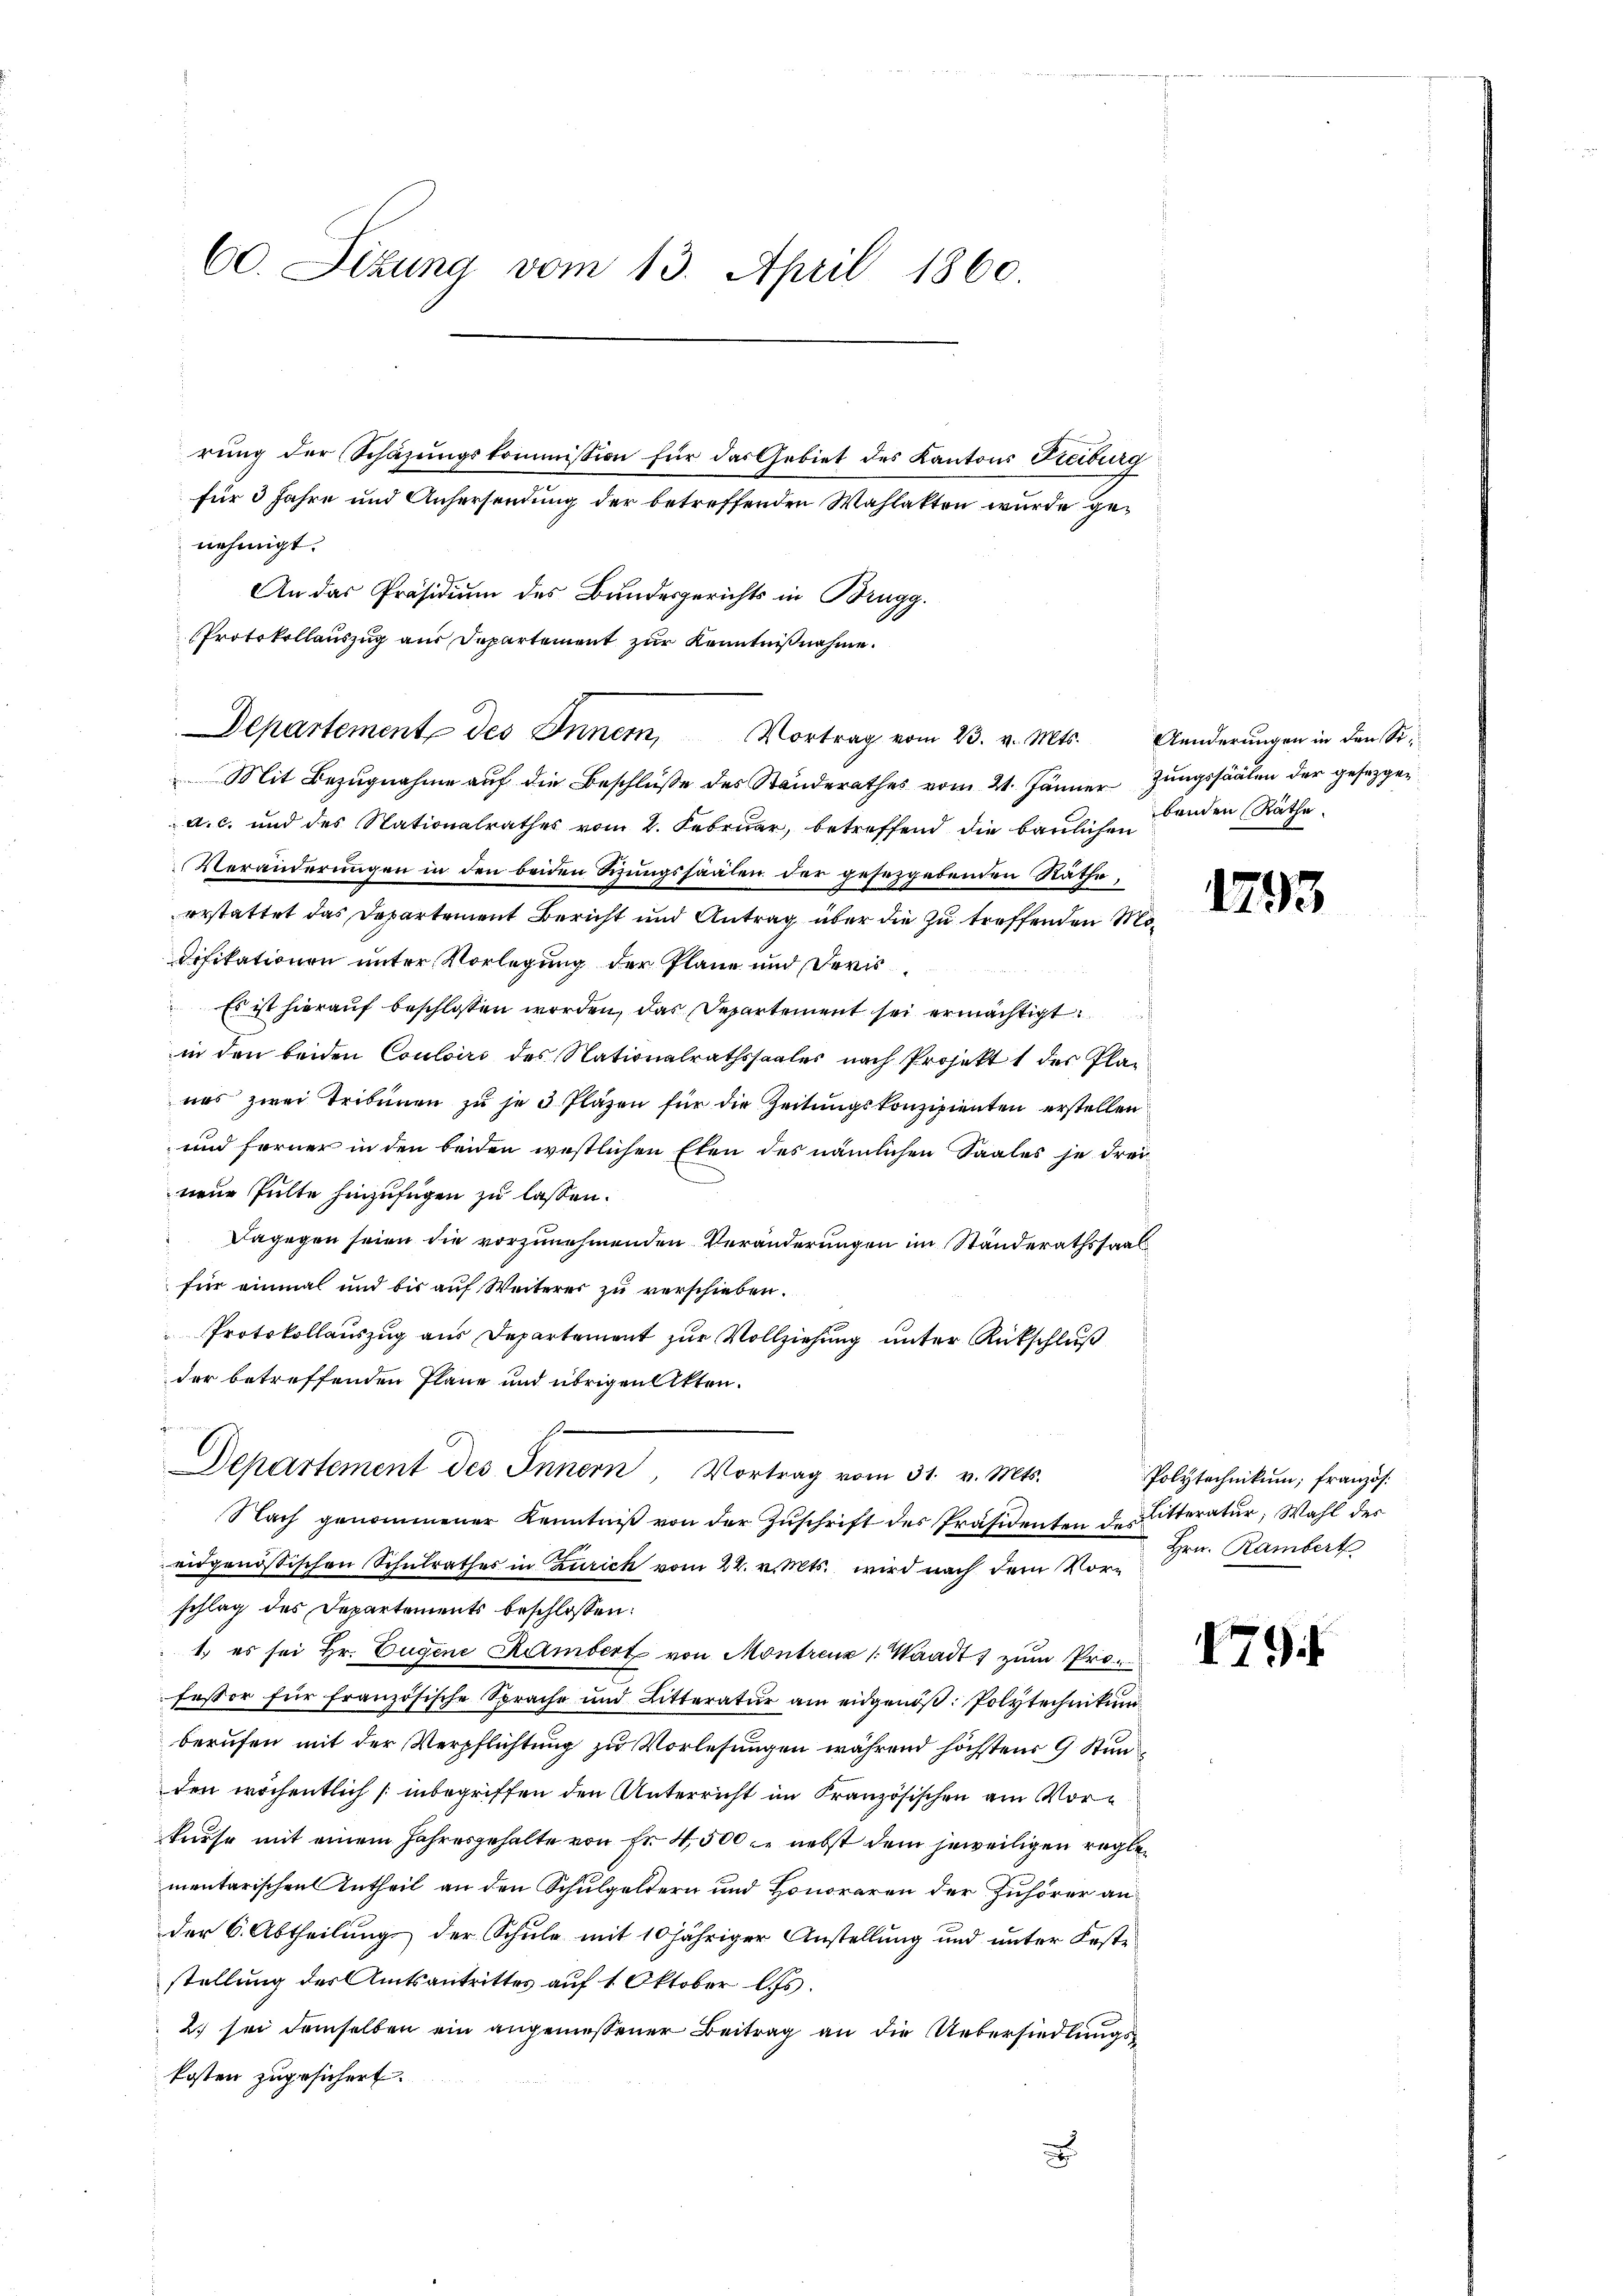
60. Sizung vom 13. April 1860.

nehmigt.

rung der Schazungskommission für das Gebiet des Kantons Kreiburg

für 3 Jahre und Anhersendung der betreffenden Wahlakten wurde ge¬
An das Präsidium des Bundesgerichts in Brugg.
Protokollauszug aus Departement zur Kenntnißnahme.

Departement des Inner, Vortrag vom 23. v. Mts. Anderungen in den St.

Mit Bezugnahme auf die Beschlüße des Standerathes vom 21. Jänner Zungssäälen der gesezgen
a. c. und des Stationalrathes vom 2. Februar, betreffend die baŭlichen Binden Räthe.
Veränderungen in den beiden Wungssaalen der gesezgerenden Räthe
erstattet das Departement Bericht und Antrag über die zu treffenden Mo¬
Difikationen unter Vorlegung der Plane und deris
Es ist hierauf beschlossen worden, das Departement sei ermächtigt.
in den beiden Couloirs des Nationalrathssaales nach Projekt 1 des Pla-
uas zwei Tribünen zu je 3 Pläzen für die Zeitungskonzipienten erstellen
und ferner in den beiden westlichen Elen des nämlichen Saales je dreinene Fulte hinzufügen zu lassen.
Dagegen seien die vorzunehmenden Veränderungen im Standerathssaalfür einmal und bis auf Weiterer zu verschieben.
Protokollauszug aus Departement zur Vollziehung unter Rückschluß
der betreffenden Pläne und übrigen Akten.
s
E

epartement des Innern, Vortrag vom 31. v. Mts.

Nach genommener Kenntniß von der Zuschrift des Präsidenten de Litteratur; Wahl des
eidgenössischen Schulrathes in Zürich vom 24. v. Mts. wird nach dem Vorschlag des Departements beschlossen:
1. es sei Hr. Eugene Rambert von Montreuz (Waadt, zum Professor für französische Sprache und Litteratur am eidgenöβ: Polytechnikum
berufen mit der Verpflichtung zu Vorlesungen während höchstens 9 Stunden wöchentlich / inbegriffen den Unterricht im Französischen am Vorfnese mit einem Jahresgehalte von Fr. 4500. nebst dem jeweiligen reglementarischen Antheil an den Schulgeldern und Honoraren der Zuhörer an
der 6. Abtheilung der Schule mit 10 jähriger Anstellung und unter Feste
stellung des Amtsantrittes auf 1 Oktober l. Js.
2. sei demselben ein angemessener Beitrag an die Uebersiedlungskosten zugesichert.
B

1293

Polytechnikum, französ.
Hrn. Rambert

79